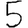
Digit: 5